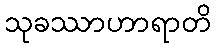
သုခဿာဟာရာတိ